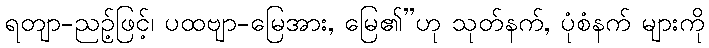
ရတျာ-ညဉ့်ဖြင့်၊ ပထဗျာ-မြေအား, မြေ၏”ဟု သုတ်နက်, ပုံစံနက် များကို